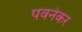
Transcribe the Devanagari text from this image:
पवनेकर